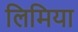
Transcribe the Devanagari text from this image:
लिमिया